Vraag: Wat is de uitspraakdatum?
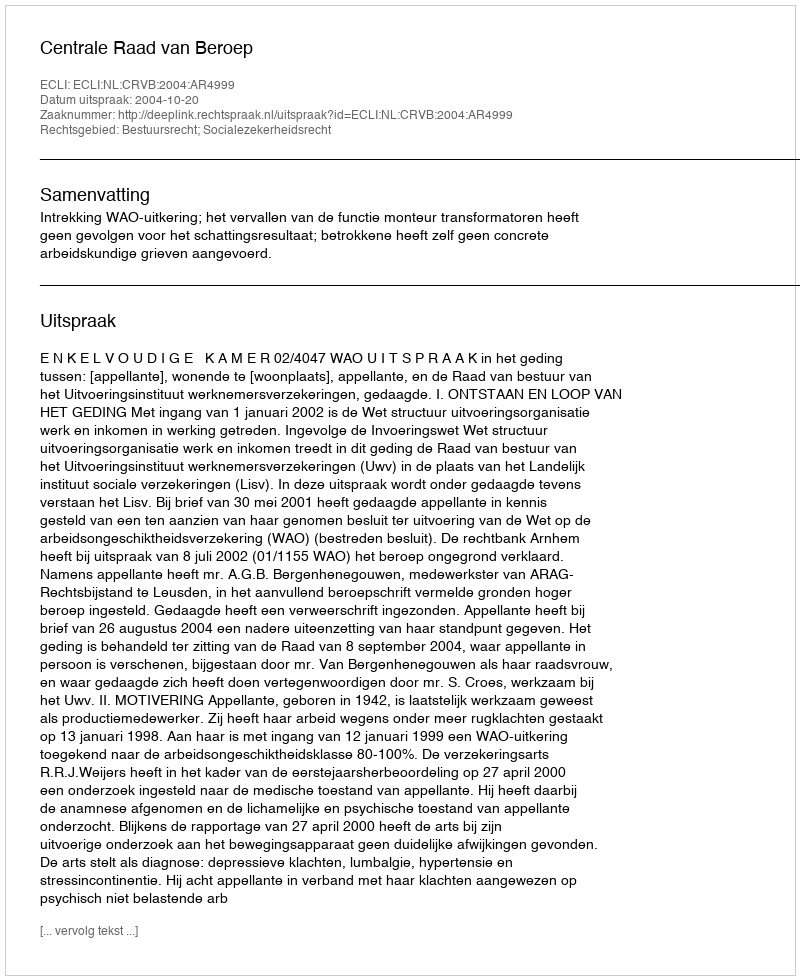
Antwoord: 2004-10-20